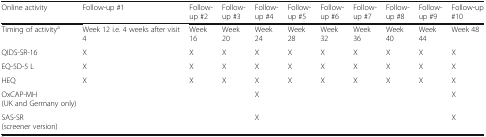
| Online activity | Follow-up #1 | Follow-up #2 | Follow-up #3 | Follow-up #4 | Follow-up #5 | Follow-up #6 | Follow-up #7 | Follow-up #8 | Follow-up #9 | Follow-up #10 |
 | --- | --- | --- | --- | --- | --- | --- | --- | --- | --- | --- |
 | Timing of activitya | Week 12 i.e. 4 weeks after visit 4 | Week 16 | Week 20 | Week 24 | Week 28 | Week 32 | Week 36 | Week 40 | Week 44 | Week 48 |
 | QIDS-SR-16 | X | X | X | X | X | X | X | X | X | X |
 | EQ-5D-5 L | X | X | X | X | X | X | X | X | X | X |
 | HEQ | X | X | X | X | X | X | X | X | X | X |
 | OxCAP-MH (UK and Germany only) |  |  |  | X |  |  |  |  |  | X |
 | SAS-SR (screener version) |  |  |  | X |  |  |  |  |  | X |